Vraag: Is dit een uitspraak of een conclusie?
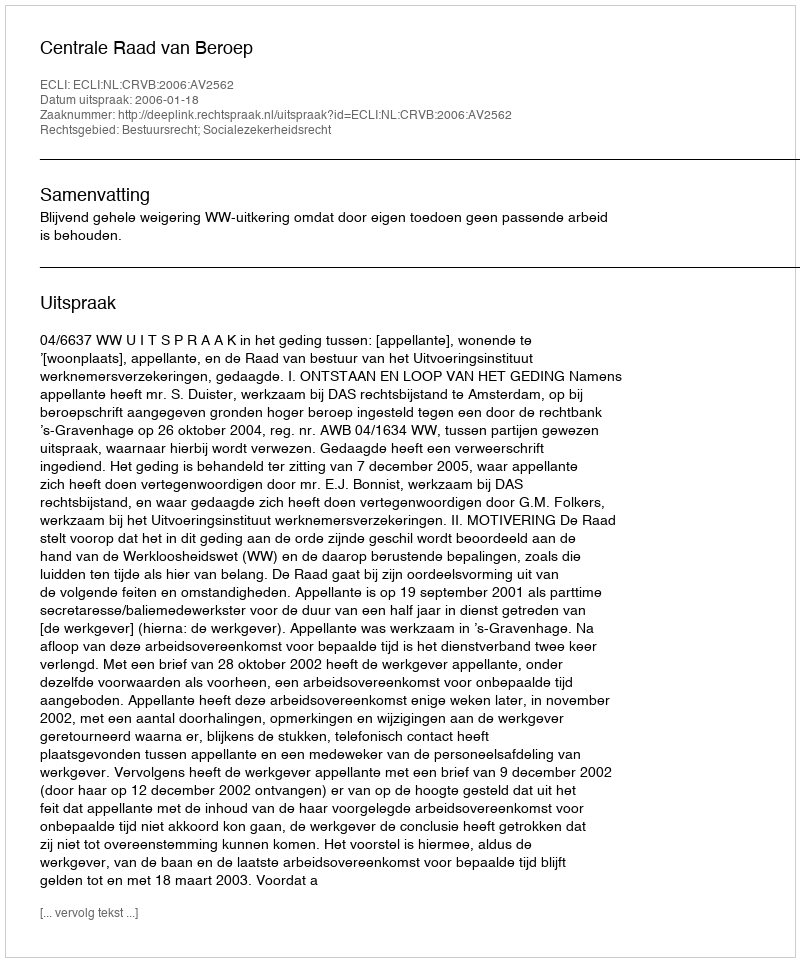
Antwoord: Uitspraak